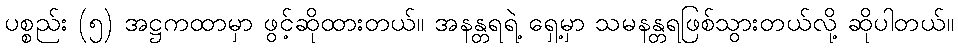
ပစ္စည်း (၅) အဋ္ဌကထာမှာ ဖွင့်ဆိုထားတယ်။ အနန္တရရဲ့ ရှေ့မှာ သမနန္တရဖြစ်သွားတယ်လို့ ဆိုပါတယ်။